system: You are a helpful assistant.
user:
Analyze the provided spectrum to determine if it is a **White Dwarf (WD)**.

A White Dwarf spectrum is defined by its **extreme purity** (due to gravitational settling) and/or **extreme pressure broadening** (due to high surface gravity). You must check for one of the following mutually exclusive signatures:

- **Key Visual Indicators (Check for ONE of these types):**

    - **1. DA-Type Signature (Most Common):**
        - **(Primary Feature):** Extreme pressure broadening (Stark broadening) of the **Hydrogen (H) Balmer lines**.
        - **(Key Lines):** $H\beta$ (approx. $4861$ Å) and $H\gamma$ (approx. $4340$ Å). $H\alpha$ (approx. $6563$ Å) will also be present if the wavelength range covers it.
        - **(Line Profile):** This is the **defining feature**. The lines are **NOT** sharp. They appear as massive, **extremely broad and deep "troughs" or "dips"** in the spectrum, often hundreds of Ångströms wide. The continuum will appear to "scoop" down at these wavelengths.
        - **(Distinction):** Normal A-type or B-type stars have *narrow* and *sharp* Hydrogen lines. A DA White Dwarf's lines are unmistakably "smeared" or "blurry" from pressure.

    - **2. DB-Type Signature:**
        - **(Primary Feature):** Broad absorption lines from **Neutral Helium (He I)**. The spectrum must lack any visible Hydrogen lines.
        - **(Key Lines):** Look for broad absorption near $4471$ Å, $4921$ Å, and $5876$ Å.
        - **(Line Profile):** These lines are also significantly pressure-broadened, appearing much wider than they would in a normal B-type main-sequence star.

    - **3. DC-Type Signature:**
        - **(Primary Feature):** A **featureless continuous spectrum**.
        - **(Line Profile):** The spectrum is a smooth curve with **no significant absorption or emission lines**.
        - **(Key Confirmation):** The continuum is almost always **blue or white**, indicating a hot object. This signature implies the atmosphere is so pure (or so cool) that no spectral lines are visible in the optical range. Its WD identity is confirmed by its extremely low intrinsic brightness (high absolute magnitude).

    - **4. DZ-Type Signature (Metal-Polluted):**
        - **(Primary Feature):** **Isolated, narrow metal absorption lines** on an otherwise featureless (DC-like) continuum.
        - **(Key Lines):** The **Calcium (Ca II) H & K doublet** (approx. **$3934$ Å** and **$3968$ Å**) is the most common and defining feature.
        - **(Line Profile):** These lines are "out of place." They are *not* part of a "forest" of thousands of lines. This signature is evidence of recent *accretion* (pollution) from rocky debris.
        - **(Distinction):** Normal G/K/M stars have a *dense forest* of thousands of metal lines. A DZ has a *clean* continuum with *only a few* strong metal lines.

    - **5. DQ-Type Signature (Carbon-Polluted):**
        - **(Primary Feature):** Absorption bands from **Carbon (C₂ "Swan Bands" or atomic C I)**.
        - **(Key Lines - C₂):** Look for bandheads with a "saw-tooth" shape near $5635$ Å, **$5165$ Å** (strongest), and $4737$ Å.
        - **(Key Confirmation):** The underlying **continuum must be blue or white** (hot).
        - **(Distinction):** This is the critical difference from a **Carbon Star**, which has the *exact same* C₂ bands but on an extremely **red, cool** continuum.

- **(Overall Spectrum):**
    - The continuum (overall shape) is typically **blue-sloping** (brighter in the blue than the red), as most white dwarfs are very hot.
    - The spectrum will look "pure" or "simple," dominated by only *one* of the five signatures listed above.

Think first, call **spectral_visualization_tool** if needed to examine features in detail, then provide your final answer. Your response must adhere to the following strict rules:
1.  **Overall Structure:** Your response must follow the format `<think>...</think> <tool_call>...</tool_call> (if a tool is used) <answer>...</answer>`.
2.  **Tool Usage Constraint:** You may only make **one** tool call per turn.
3.  **Final Answer Format:** In the `<answer>` tag, your conclusion must be inside a `\boxed{}` command (e.g., `\boxed{YES}` or `\boxed{NO}`), followed by your justification.

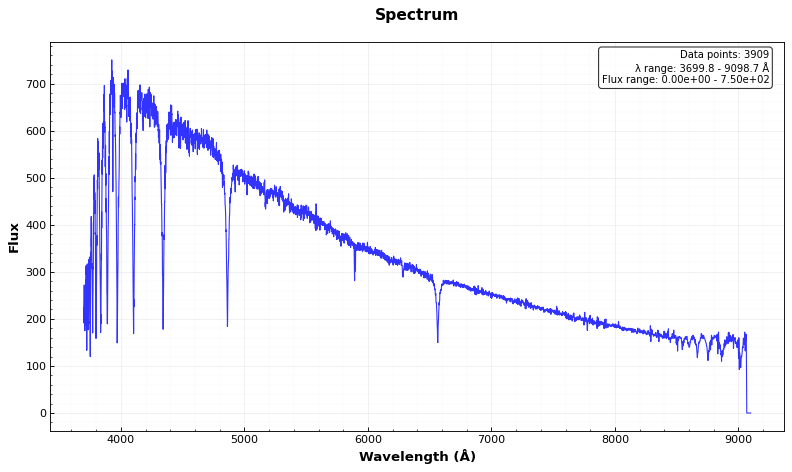
Answer: NO